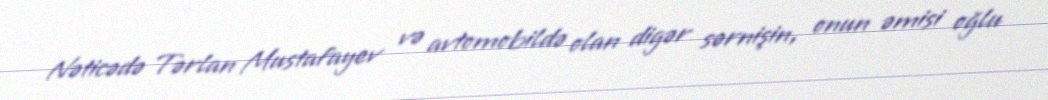
Nəticədə Tərlan Mustafayev və avtomobildə olan digər sərnişin, onun əmisi oğlu